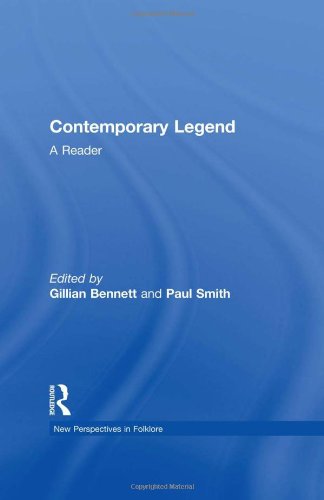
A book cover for Contemporary Legend: A Reader (New Perspectives in Folklore); Humor & Entertainment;